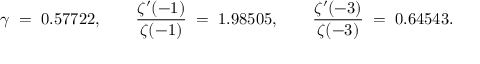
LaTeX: \gamma \; = \; 0 . 5 7 7 2 2 , \qquad { \frac { \zeta ^ { \prime } ( - 1 ) } { \zeta ( - 1 ) } } \; = \; 1 . 9 8 5 0 5 , \qquad { \frac { \zeta ^ { \prime } ( - 3 ) } { \zeta ( - 3 ) } } \; = \; 0 . 6 4 5 4 3 .